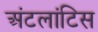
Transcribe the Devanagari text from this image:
अंटलांटिस